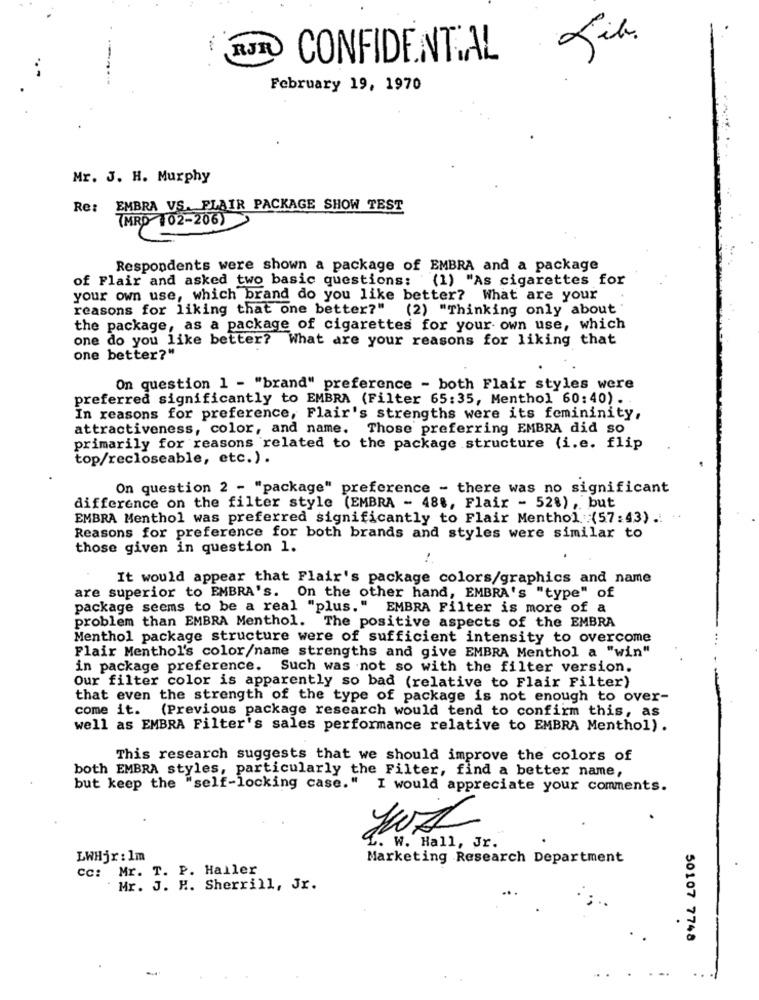
Lib.
RJR
CONFIDENTIAL
February 19, 1970
Mr. J. H. Murphy
Re: EMBRA VS. FLAIR PACKAGE SHOW TEST
(MRD 102-206)
Respondents were shown a package of EMBRA and a package
of Flair and asked two basic questions: (1) "As cigarettes for
your own use, which brand do you like better? What are your
reasons for liking that one better?" (2) "Thinking only about
the package, as a package of cigarettes for your own use, which
one do you like better? What are your reasons for liking that
one better?"
On question 1 - "brand" preference - both Flair styles were
preferred significantly to EMBRA (Filter 65:35, Menthol 60:40).
In reasons for preference, Flair's strengths were its femininity,
attractiveness, color, and name. Those preferring EMBRA did so
primarily for reasons related to the package structure (i.e. flip
top/recloseable, etc.).
On question 2 - "package" preference - there was no significant
difference on the filter style (EMBRA - 488, Flair - 52%), but
EMBRA Menthol was preferred significantly to Flair Menthol : (57:43) .. ..
Reasons for preference for both brands and styles were similar to
those given in question 1.
It would appear that Flair's package colors/graphics and name
are superior to EMBRA's. On the other hand, EMBRA's "type" of
package seems to be a real "plus."
EMBRA Filter is more of a
problem than EMBRA Menthol.
The positive aspects of the EMBRA
Menthol package structure were of sufficient intensity to overcome
Flair Menthol's color/name strengths and give EMBRA Menthol a "win"
in package preference. Such was not so with the filter version.
Our filter color is apparently so bad (relative to Flair Filter)
that even the strength of the type of package is not enough to over-
come it.
(Previous package research would tend to confirm this, as
well as EMBRA Filter's sales performance relative to EMBRA Menthol).
This research suggests that we should improve the colors of
both EMBRA styles, particularly the Filter, find a better name,
but keep the "self-locking case." I would appreciate your comments.
. W. Hall , Jr .
LWHjr : Im
Marketing Research Department
Cc: Mr. T. P. Haller
Mr. J. M. Sherrill, Jr.
50107 7748